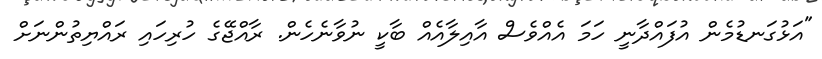
"އަޅުގަނޑުމެން އުފައްދާނީ ހަމަ އެއްވެސް އާއިލާއެއް ބާކީ ނުވާނެހެން. ރާއްޖޭގެ ހުރިހައި ރައްޔިތުންނަށް